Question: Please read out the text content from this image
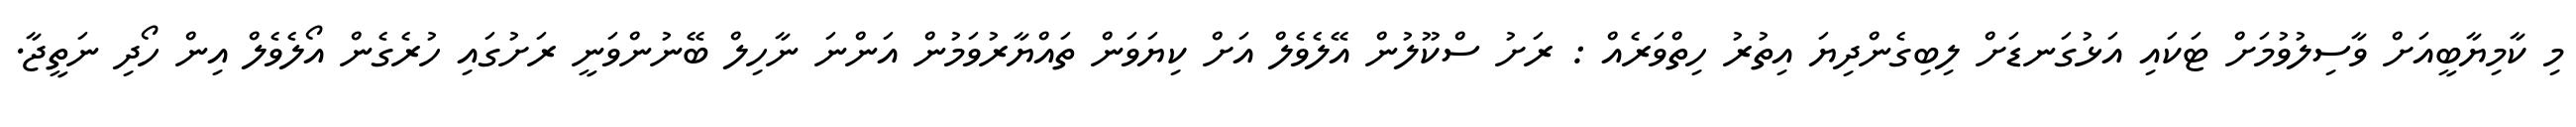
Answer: މި ކާމިޔާބީއަށް ވާސިލުވުމަށް ޓަކައި އަޅުގަނޑަށް ލިބިގެންދިޔަ އިތުރު ހިތްވަރެއް : ރަށު ސްކޫލުން އޭލެވެލް އަށް ކިޔަވަން ތައްޔާރުވަމުން އަންނަ ނާހިލް ބޭނުންވަނީ ރަށުގައި ހުރެގެން އޯލެވެލް އިން ހޯދި ނަތީޖާ.